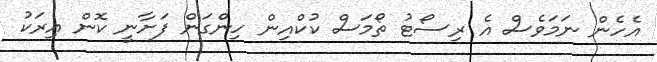
އެހެން ނަމަވެސް އެ ރިސޯޓު ތޯމަސް ކުކްއިން ހިންގަން ފަށާނީ ކޮން އިރަކު